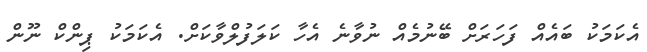
އެކަމަކު ބައެއް ފަހަރަށް ބޭނުމެއް ނުވާނެ އެހާ ކަލަފުލްވާކަށް. އެކަމަކު ޕިންކް ނޫން